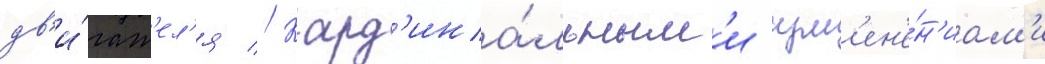
дв'и́гат'ел'я // Кард'ина́льным'и изм'ен'е́н'иам'и